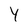
Character: 4